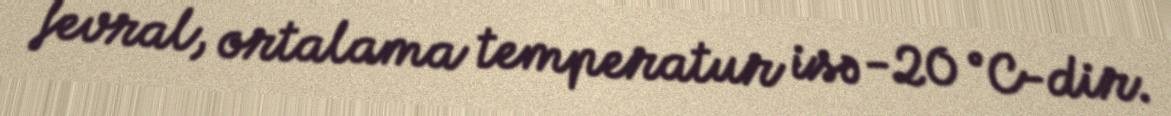
fevral, ortalama temperatur isə -20 °C-dir.